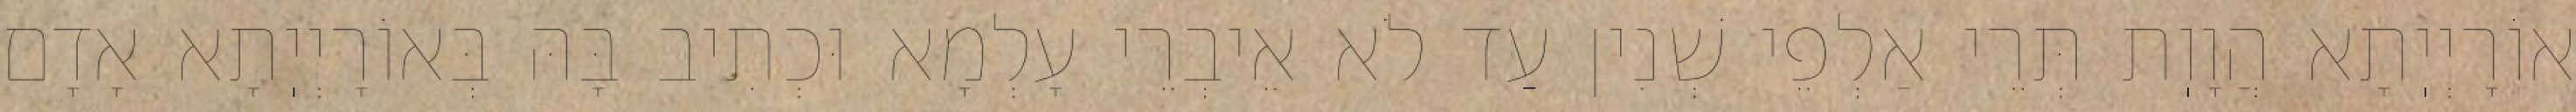
אוֹרָיְיֽתָא הֲוָוֽת תְּרֵי אַלְפֵי שְׁנִין עַד לֹא אֵיבְרֵי עָלְמָא וּכְתִיב בָּהּ בְּאוֹרָיְיֽתָא אָדָם